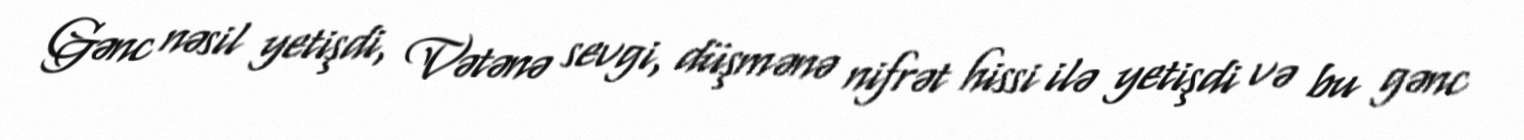
Gənc nəsil yetişdi, Vətənə sevgi, düşmənə nifrət hissi ilə yetişdi və bu gənc